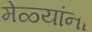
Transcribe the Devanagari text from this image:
मेळ्यांना